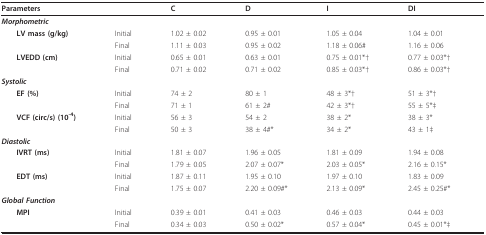
<table><thead><tr><td><b>Parameters</b></td><td></td><td><b>C</b></td><td><b>D</b></td><td><b>I</b></td><td><b>DI</b></td></tr></thead><tbody><tr><td><i><b>Morphometric</b></i></td><td></td><td></td><td></td><td></td><td></td></tr><tr><td> <b>LV mass (g/kg)</b></td><td>Initial</td><td>1.02 ± 0.02</td><td>0.95 ± 0.01</td><td>1.05 ± 0.04</td><td>1.04 ± 0.01</td></tr><tr><td></td><td>Final</td><td>1.11 ± 0.03</td><td>0.95 ± 0.02</td><td>1.18 ± 0.06#</td><td>1.16 ± 0.06</td></tr><tr><td> <b>LVEDD (cm)</b></td><td>Initial</td><td>0.65 ± 0.01</td><td>0.63 ± 0.01</td><td>0.75 ± 0.01*†</td><td>0.77 ± 0.03*†</td></tr><tr><td></td><td>Final</td><td>0.71 ± 0.02</td><td>0.71 ± 0.02</td><td>0.85 ± 0.03*†</td><td>0.86 ± 0.03*†</td></tr><tr><td><i><b>Systolic</b></i></td><td></td><td></td><td></td><td></td><td></td></tr><tr><td> <b>EF (%)</b></td><td>Initial</td><td>74 ± 2</td><td>80 ± 1</td><td>48 ± 3*†</td><td>51 ± 3*†</td></tr><tr><td></td><td>Final</td><td>71 ± 1</td><td>61 ± 2#</td><td>42 ± 3*†</td><td>55 ± 5*‡</td></tr><tr><td> <b>VCF (circ/s) (10<sup>-4</sup>)</b></td><td>Initial</td><td>56 ± 3</td><td>54 ± 2</td><td>38 ± 2*</td><td>38 ± 3*</td></tr><tr><td></td><td>Final</td><td>50 ± 3</td><td>38 ± 4#*</td><td>34 ± 2*</td><td>43 ± 1‡</td></tr><tr><td><b><i>Diastolic</i></b></td><td></td><td></td><td></td><td></td><td></td></tr><tr><td> <b>IVRT (ms)</b></td><td>Initial</td><td>1.81 ± 0.07</td><td>1.96 ± 0.05</td><td>1.81 ± 0.09</td><td>1.94 ± 0.08</td></tr><tr><td></td><td>Final</td><td>1.79 ± 0.05</td><td>2.07 ± 0.07*</td><td>2.03 ± 0.05*</td><td>2.16 ± 0.15*</td></tr><tr><td> <b>EDT (ms)</b></td><td>Initial</td><td>1.87 ± 0.11</td><td>1.95 ± 0.10</td><td>1.97 ± 0.10</td><td>1.83 ± 0.09</td></tr><tr><td></td><td>Final</td><td>1.75 ± 0.07</td><td>2.20 ± 0.09#*</td><td>2.13 ± 0.09*</td><td>2.45 ± 0.25#*</td></tr><tr><td><b><i>Global Function</i></b></td><td></td><td></td><td></td><td></td><td></td></tr><tr><td> <b>MPI</b></td><td>Initial</td><td>0.39 ± 0.01</td><td>0.41 ± 0.03</td><td>0.46 ± 0.03</td><td>0.44 ± 0.03</td></tr><tr><td></td><td>Final</td><td>0.34 ± 0.03</td><td>0.50 ± 0.02*</td><td>0.57 ± 0.04*</td><td>0.45 ± 0.01*‡</td></tr></tbody></table>